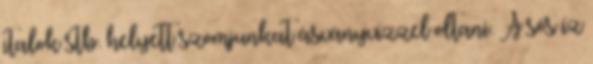
italok stb. helyett szomjunkat ásványvízzel oltani. A sós íz